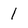
Character: 1